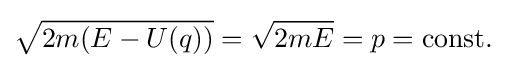
{\sqrt {2m(E-U(q))}}={\sqrt {2mE}}=p={\text{const.}}